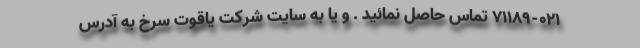
71189-021 تماس حاصل نمائید . و یا به سایت شرکت یاقوت سرخ به آدرس